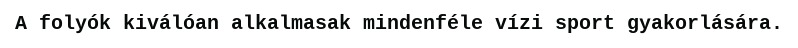
A folyók kiválóan alkalmasak mindenféle vízi sport gyakorlására.